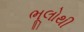
ભૂલોથી